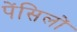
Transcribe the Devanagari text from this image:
पेंसिलों